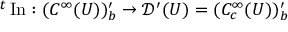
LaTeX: { } ^ { t } \operatorname { I n } : ( C ^ { \infty } ( U ) ) _ { b } ^ { \prime } \to { \mathcal { D } } ^ { \prime } ( U ) = ( C _ { c } ^ { \infty } ( U ) ) _ { b } ^ { \prime }